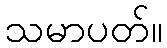
သမာပတ်။